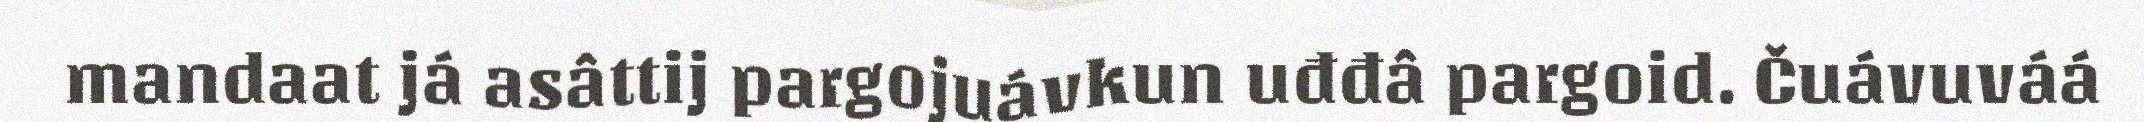
mandaat já asâttij pargojuávkun uđđâ pargoid. Čuávuváá